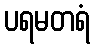
ပရမတရံ